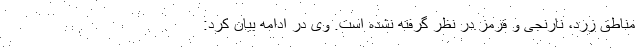
مناطق زرد، نارنجی و قرمز در نظر گرفته نشده است. وی در ادامه بیان کرد: